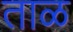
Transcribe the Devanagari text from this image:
ताळ